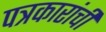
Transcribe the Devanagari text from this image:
पत्रकारांची